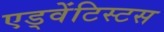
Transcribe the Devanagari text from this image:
एड्वेंटिस्टस